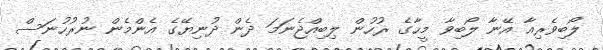
ލޯބިވެރިއާ އޭނާ ލޯބިވާ މީހާގެ ރުހުން ލިބިއްޖެނަމަ ދެން ދުނިޔޭގެ އެންމެން ނުރުހުނަސް